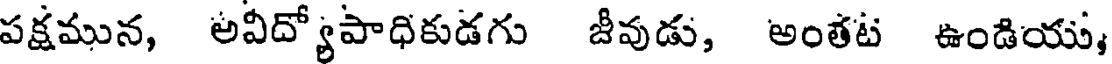
పక్షమున, అవీద్యోపాధికుడగు జీవుడు, అంతట ఉండియు,